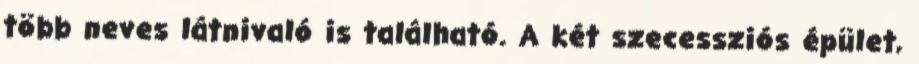
több neves látnivaló is található. A két szecessziós épület,